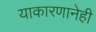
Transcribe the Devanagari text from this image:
याकारणानेही